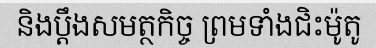
និងប្តឹងសមត្ថកិច្ច ព្រមទាំងជិះម៉ូតូ